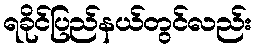
ရခိုင်ပြည်နယ်တွင်လည်း